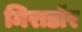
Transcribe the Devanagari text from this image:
मिराडॉर